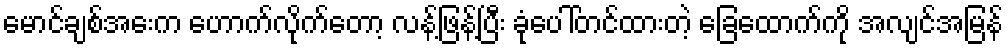
မောင်ချစ်အေးက ဟောက်လိုက်တော့ လန့်ဖြန့်ပြီး ခုံပေါ်တင်ထားတဲ့ ခြေထောက်ကို အလျင်အမြန်